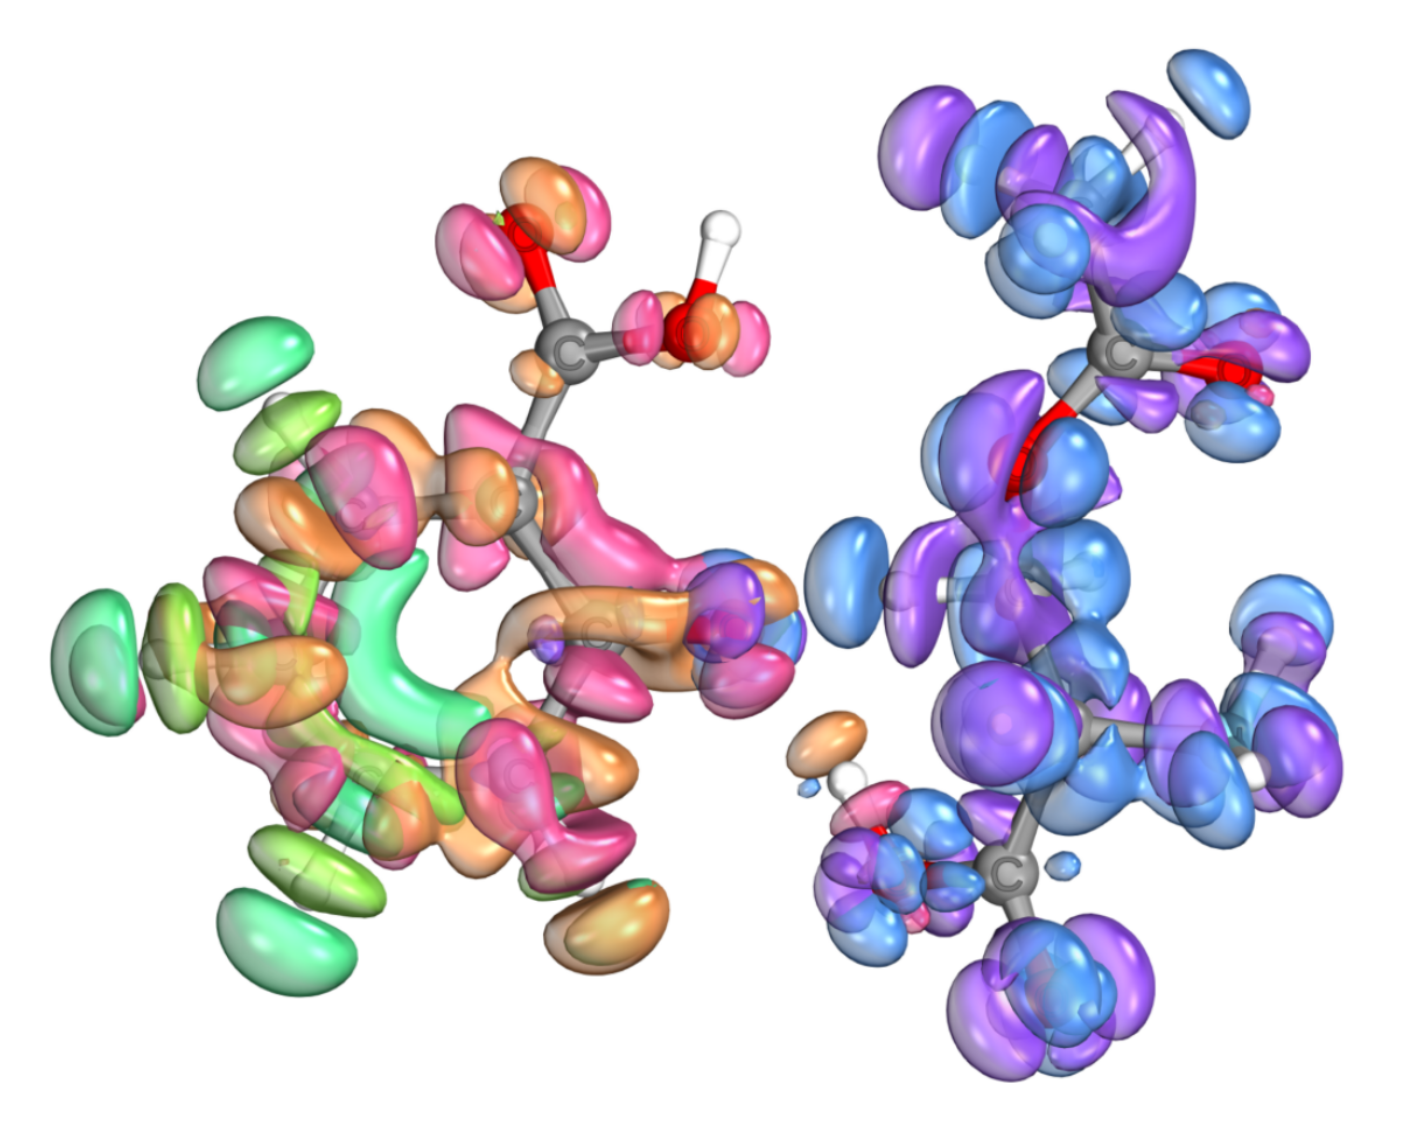
iboview, orbital